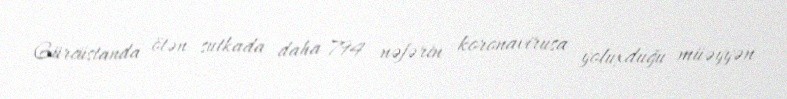
Gürcüstanda ötən sutkada daha 794 nəfərin koronavirusa yoluxduğu müəyyən